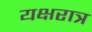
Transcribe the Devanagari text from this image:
यक्षरात्र